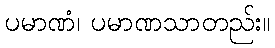
ပမာဏံ၊ ပမာဏသာတည်း။